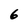
Character: 6